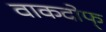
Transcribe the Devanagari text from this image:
वाकदोफ्